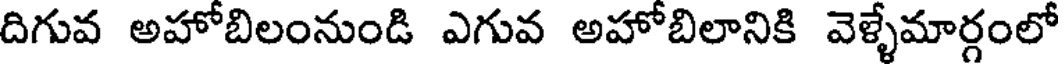
దిగువ అహోబిలంనుండి ఎగువ అహోబిలానికి వెళ్ళేమార్గంలో